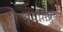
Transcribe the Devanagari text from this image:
ब्यतिक्रम